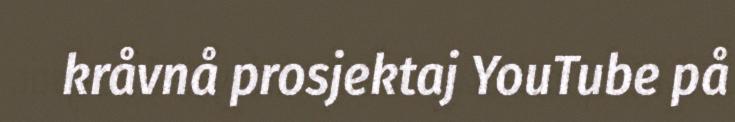
kråvnå prosjektaj YouTube på